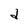
Character: d